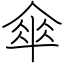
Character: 傘